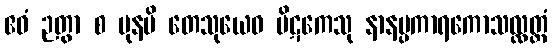
ဧဝံ ဉတွာ စ ပုနပိ တေသုယေဝ ပိဋကေသု နာနပ္ပကာရကောသလ္လတ္ထံ